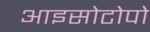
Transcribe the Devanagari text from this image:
आइसोटोपो